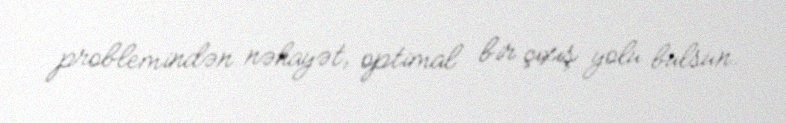
problemindən nəhayət, optimal bir çıxış yolu bulsun.